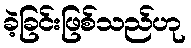
ခဲ့ခြင်းဖြစ်သည်ဟု